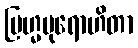
ဗြဟ္မပုရောဟိတာ